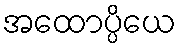
အထောပ္ပိယေ